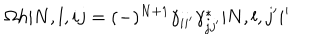
\Omega h | N , l , i j = ( - ) ^ { N + 1 } \gamma _ { i i ^ { \prime } } \gamma _ { j j ^ { \prime } } ^ { * } | N , l , j ^ { \prime } i ^ { \prime }